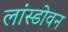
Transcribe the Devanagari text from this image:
लांस्डोवन